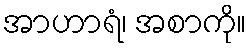
အာဟာရံ၊ အစာကို။